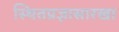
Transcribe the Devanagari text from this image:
स्थितप्रज्ञासारखा